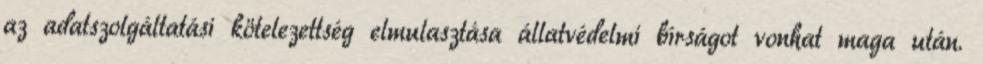
az adatszolgáltatási kötelezettség elmulasztása állatvédelmi bírságot vonhat maga után.